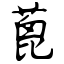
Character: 蓖